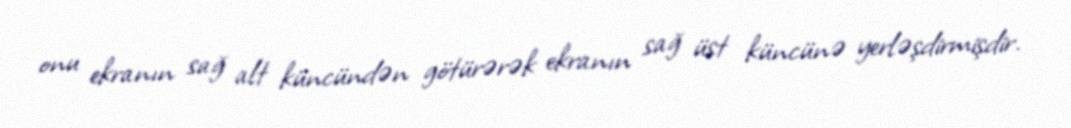
onu ekranın sağ alt küncündən götürərək ekranın sağ üst küncünə yerləşdirmişdir.